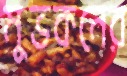
মুভকনের